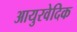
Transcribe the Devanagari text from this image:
आयुरवेदिक